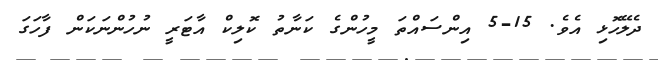
ދެލޭހޮޅި އެވެ. 15-5 އިންސައްތަ މީހުންގެ ކަނާތު ކޮލިކް އާޓަރީ ނުހުންނަކަން ފާހަގަ